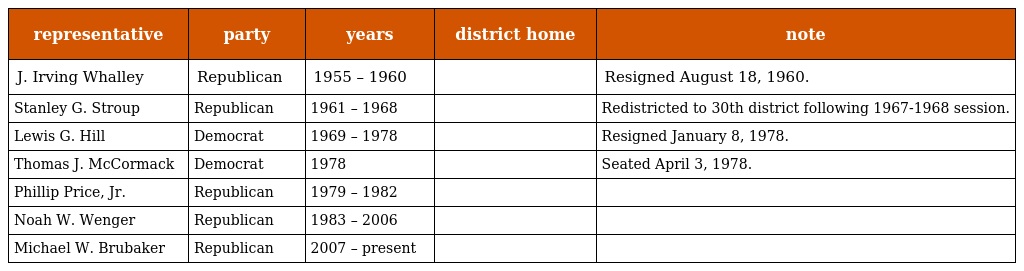
| representative | party | years | district home | note |
 | --- | --- | --- | --- | --- |
 | J. Irving Whalley | Republican | 1955 – 1960 |  | Resigned August 18, 1960. |
 | Stanley G. Stroup | Republican | 1961 – 1968 |  | Redistricted to 30th district following 1967-1968 session. |
 | Lewis G. Hill | Democrat | 1969 – 1978 |  | Resigned January 8, 1978. |
 | Thomas J. McCormack | Democrat | 1978 |  | Seated April 3, 1978. |
 | Phillip Price, Jr. | Republican | 1979 – 1982 |  |  |
 | Noah W. Wenger | Republican | 1983 – 2006 |  |  |
 | Michael W. Brubaker | Republican | 2007 – present |  |  |